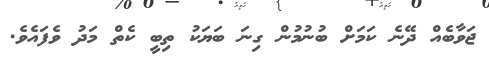
ޖަވާބެއް ދޭނެ ކަމަށް ބުނުމުން ގިނަ ބަޔަކު ތިބީ ކެތް މަދު ވެފައެވެ.